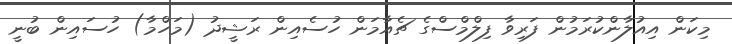
މިކަން އިއުލާންކުރަމުން ފަރިވާ ފިލްމްސްގެ ޗެއާމަން ހުސެއިން ރަޝީދު (މަހްމާ) ހުސައިން ބުނީ